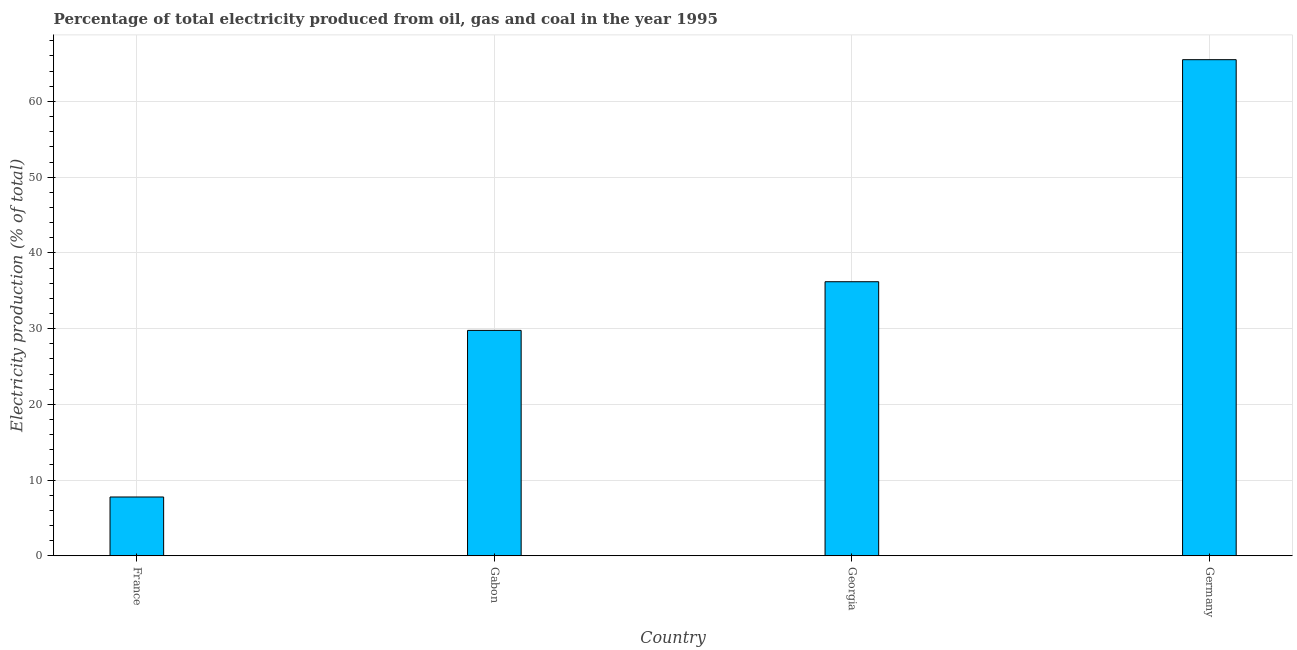
| Country | Electricity production |
 | --- | --- |
 | France | 7.77 |
 | Gabon | 29.8 |
 | Georgia | 36.2 |
 | Germany | 65.5 |